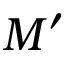
M ^ { \prime }